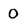
Character: 0